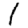
Digit: 1